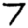
Digit: 7